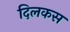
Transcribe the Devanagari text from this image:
दिलकस